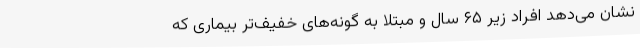
نشان می‌دهد افراد زیر ۶۵ سال و مبتلا به گونه‌های خفیف‌تر بیماری که